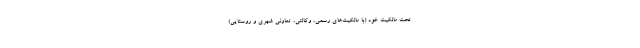
تحت مالکیت خود (با مالکیت‌های رسمی، وکالتی، تعاونی شهری و روستایی)